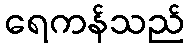
ရေကန်သည်